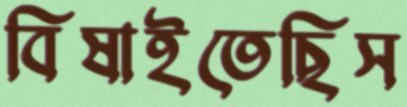
বিষাইতেছিস